NAE_EAOK_eestikeelsed_sunnimeetrikad, lk 83
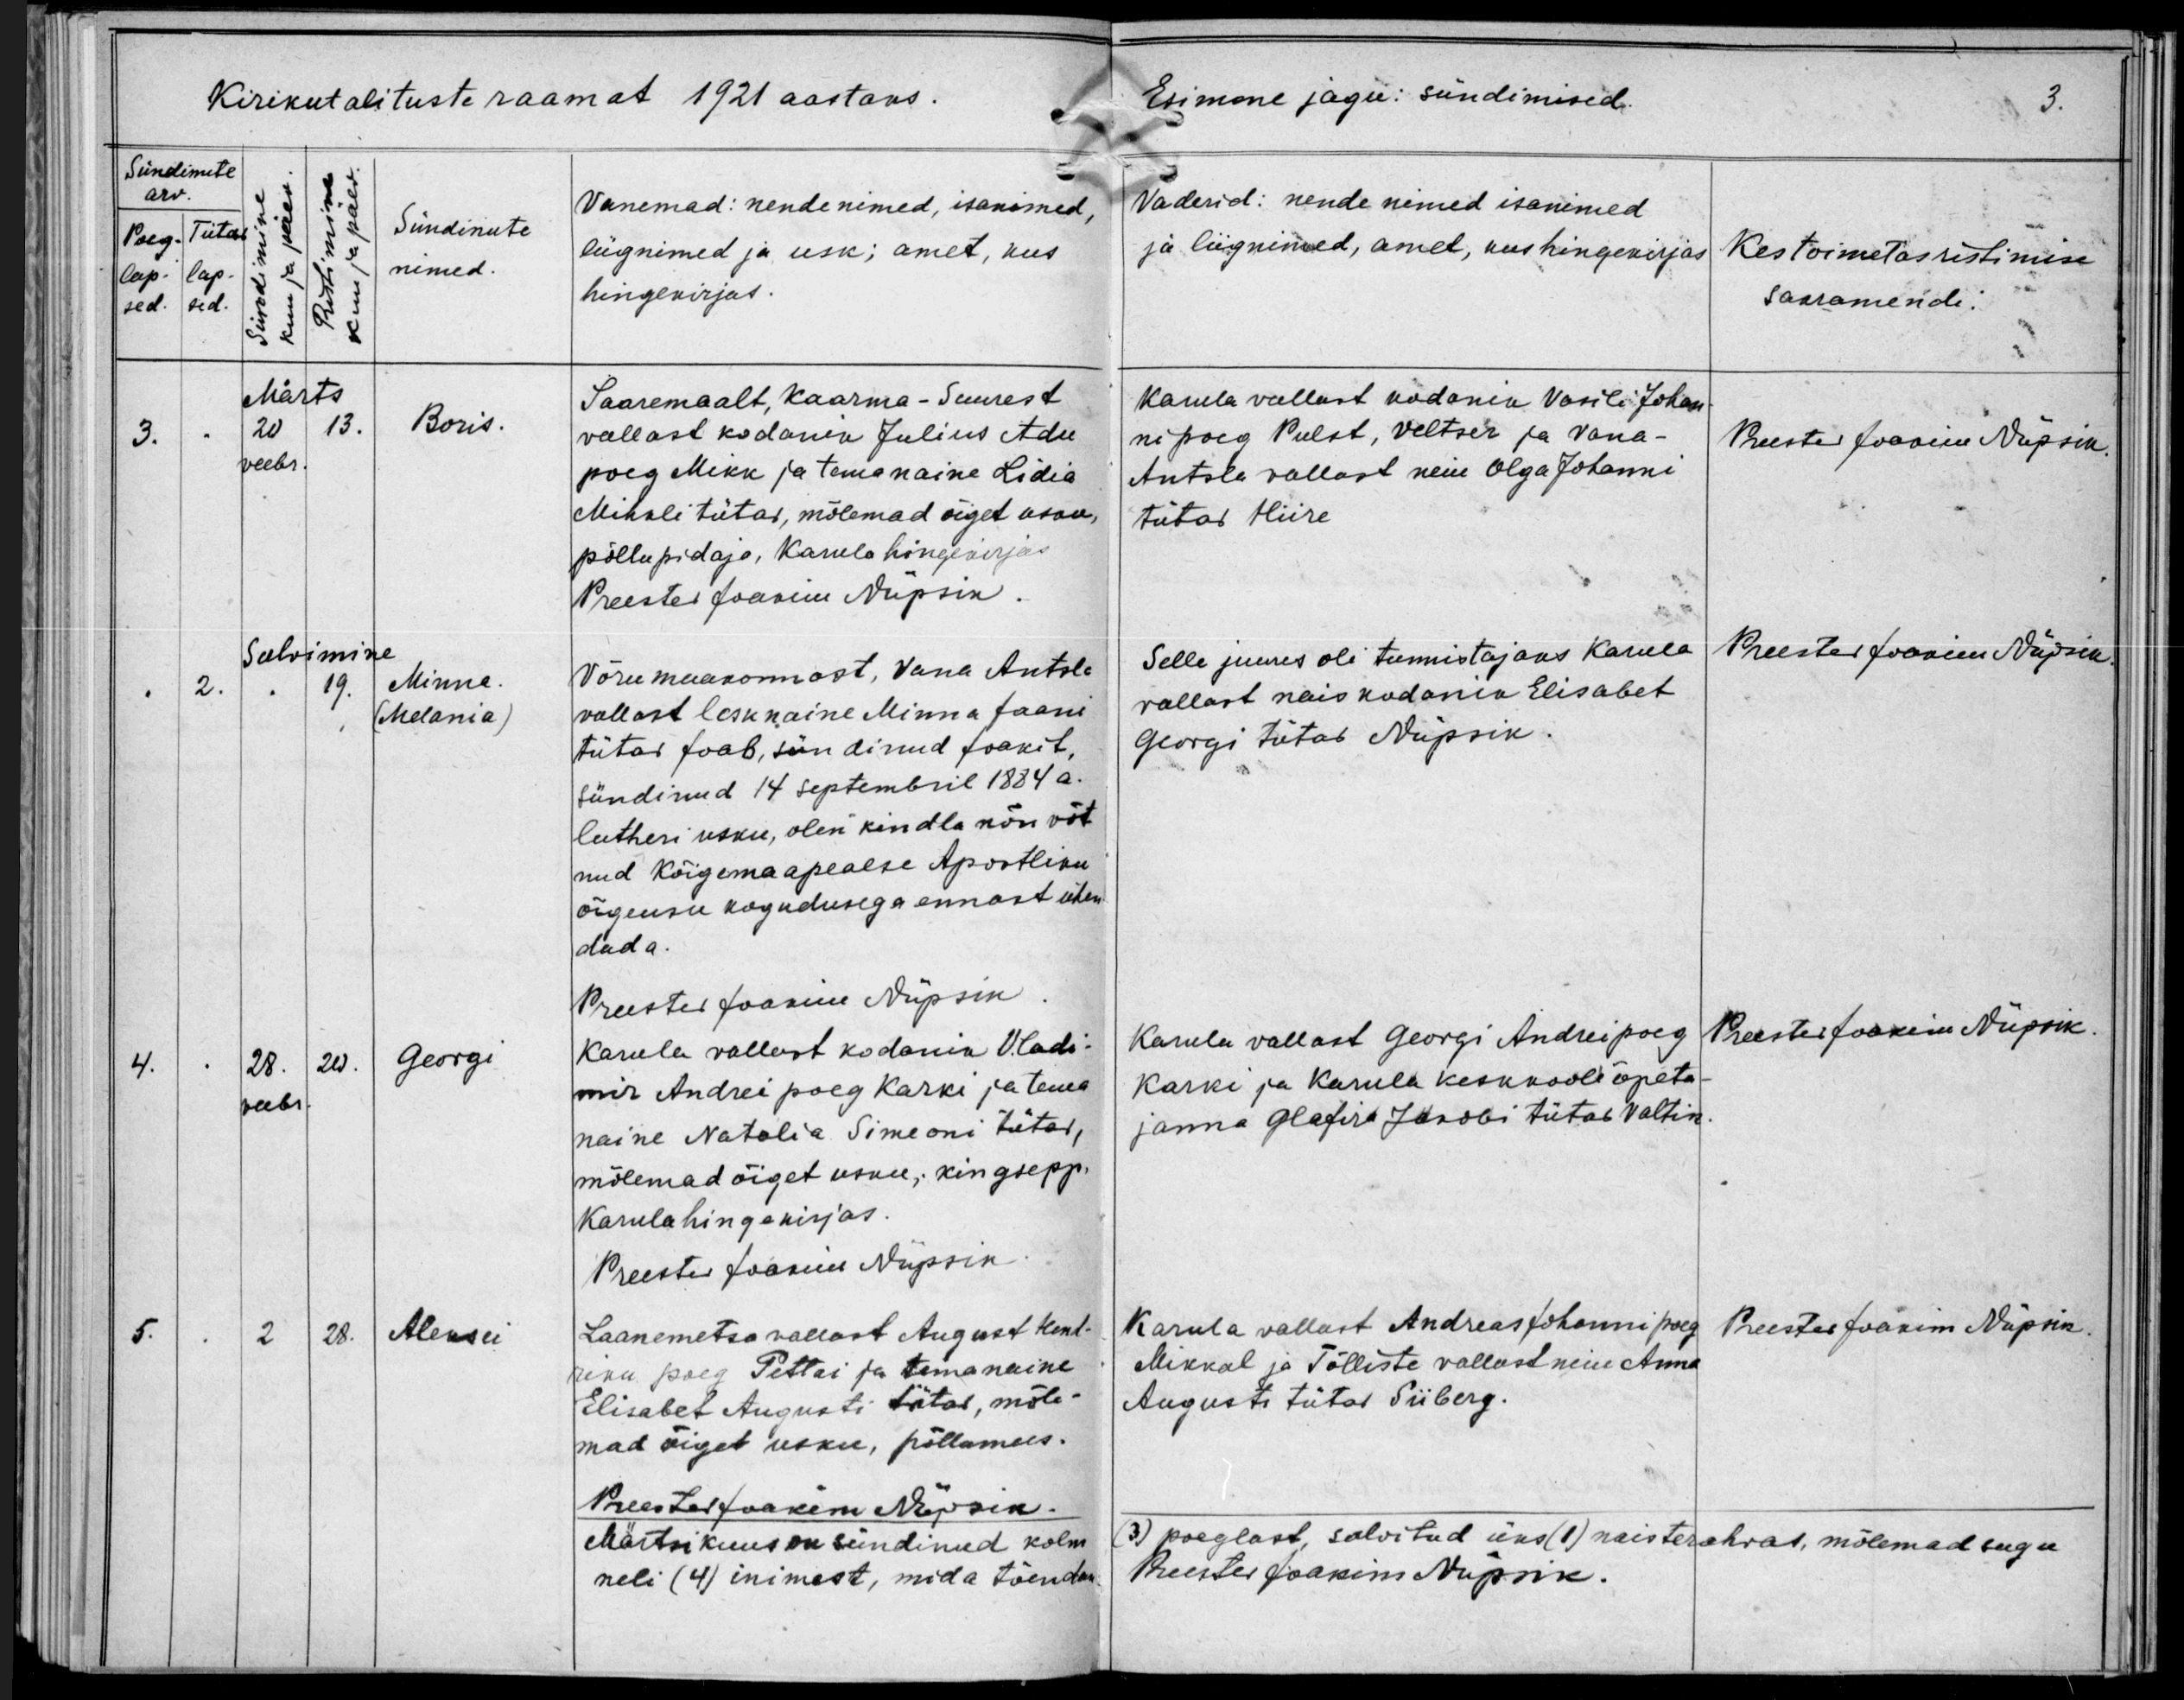
Boris

Minne
(Melania)

Georgi

Aleksei

Saaremaalt, Kaarma - Suurest
vallast kodanik Julius Adu
poeg Mikk ja tema naine Lidia
Mihkli tütar, mõlemad õiget usku,
põllupidaja, Karula hingekirjas

Võru maakonnast, Vana Antsla
vallast lesknaine Minna Jaani
tütar Joab, sündinud Joakit,
sündinud 14 septembril 1884 a.
lutheri usku, olen kindla nõu võt-
nud Kõigemaapealse Apostliku
õigeusu kogudusega ennast ühen-
duda.

Karula vallast kodanik Vladi-
mir Andrei poeg Karki ja tema
naine Natalia Simeoni tütar,
mõlemad õiget usku, kingsepp.
Karula hingekirjas.

Laanemetsa vallast August Hend-
riku poeg Pettai ja tema naine
Elisabet Augusti tütar, mõle-
mad õiget usku, põllumees.